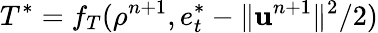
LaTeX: T^{*}=f_{T}(\rho^{n+1},e_{t}^{*}-\| \mathbf{u}^{n+1}\| ^{2}/2)